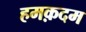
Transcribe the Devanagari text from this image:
हमक़दम